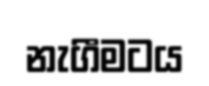
නැගීමටය